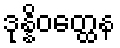
ဒုန္နိဝတ္ထေန